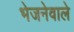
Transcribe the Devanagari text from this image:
भेजनेवाले